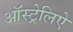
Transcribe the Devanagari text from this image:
ऑस्ट्रेलिऐ